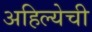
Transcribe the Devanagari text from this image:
अहिल्येची